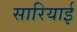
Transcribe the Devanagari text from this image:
सारियाई